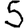
Digit: 5